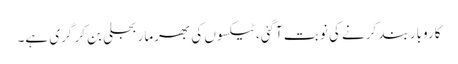
کاروبار بند کرنے کی نوبت آگئی، ٹیکسوں کی بھرمار بجلی بن کر گری ہے۔